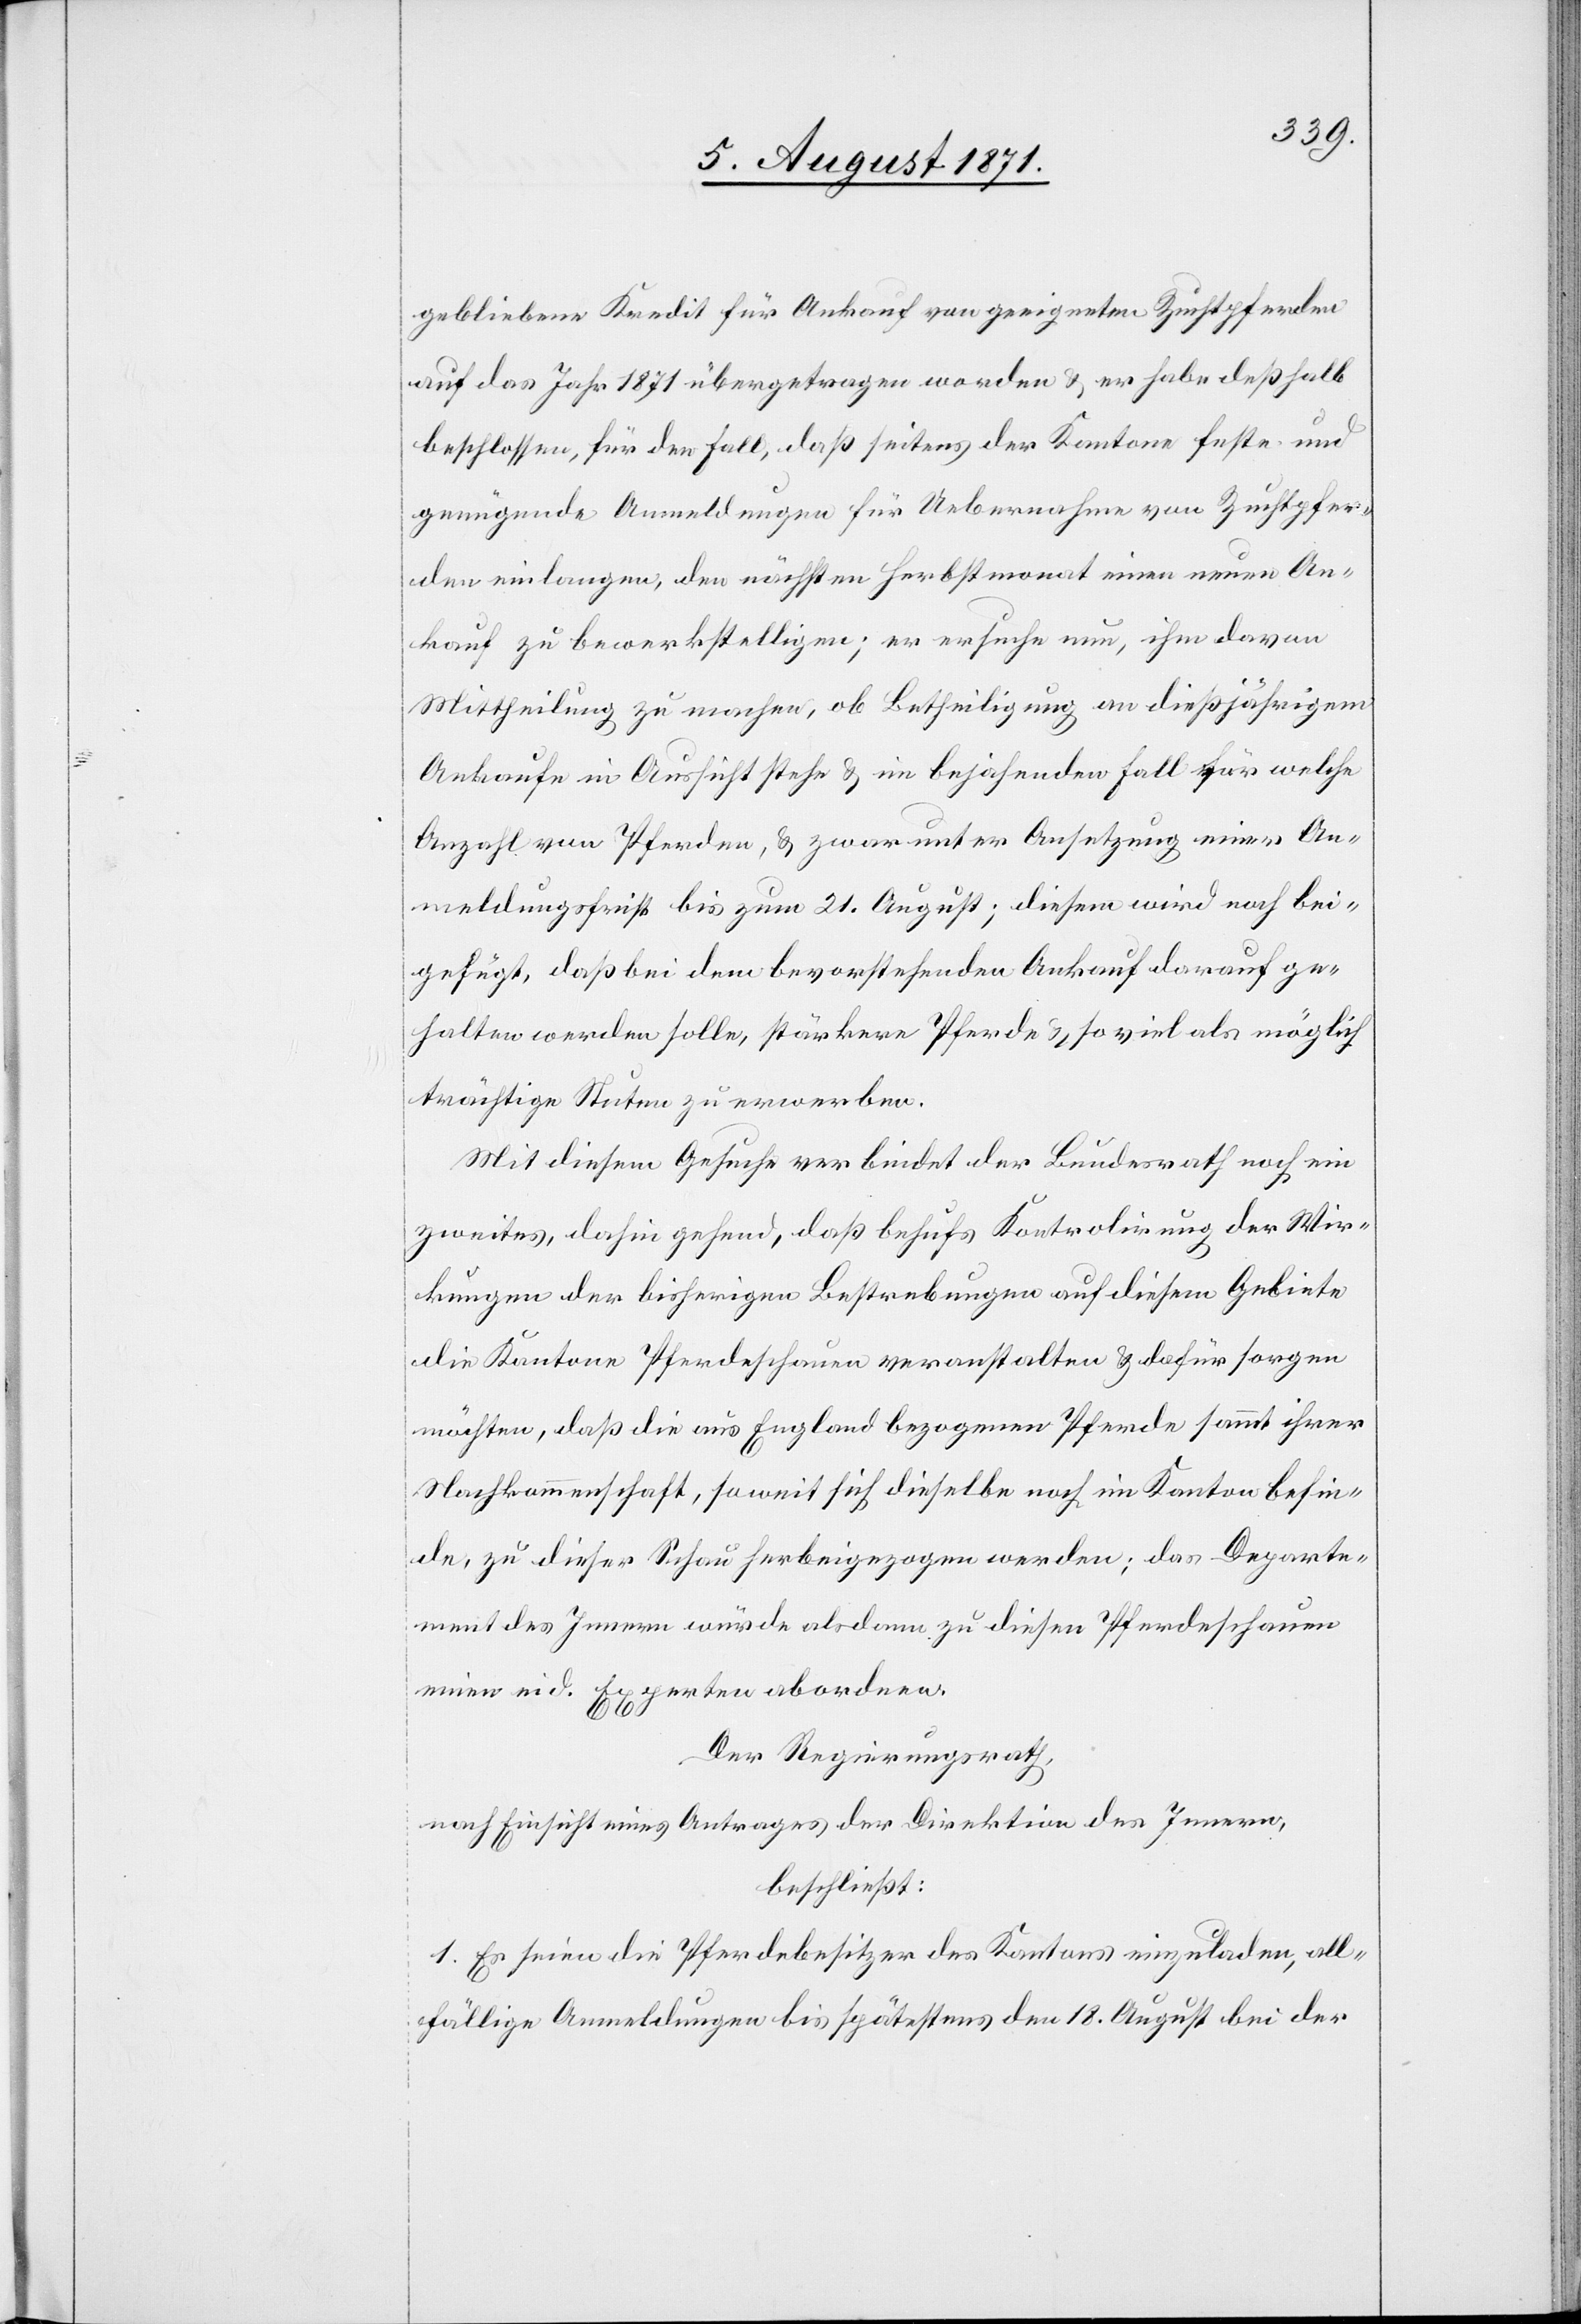
gebliebene Kredit für Ankauf von geeigneten Zuchtpferden
auf das Jahr 1871 übergetragen worden u. er habe deßhalb
beschlossen, für den Fall, daß seitens der Kantone feste und
genügende Anmeldungen für Uebernahme von Zuchtpfer¬
den einlangen, den nächsten Herbstmonat einen neuen An¬
kauf zu bewerkstelligen; er ersuche nun, ihm davon
Mittheilung zu machen, ob Betheiligung an dießjährigem
Ankauf in Aussicht stehe u. im bejahenden Fall für welche
Anzahl von Pferden, u. zwar unter Ansetzung einer An¬
meldungsfrist bis zum 21. August; diesem wird noch bei¬
gefügt, daß bei dem bevorstehenden Ankauf darauf ge¬
halten werden solle, stärkere Pferde u. so viel als möglich
trächtige Stuten zu erwerben.
Mit diesem Gesuch verbindet der Bundesrath noch ein
zweites, dahin gehend, daß behufs Kontrolirung der Wir¬
kungen der bisherigen Bestrebungen auf diesem Gebiete
die Kantone Pferdeschauen veranstalten u. dafür sorgen
möchten, daß die aus England bezogenen Pferde sammt ihrer
Nachkommenschaft, so weit sich dieselbe noch im Kanton befin¬
de, zu dieser Schau herbeigezogen werden; das Departe¬
ment des Innern würde alsdann zu diesem Pferdeschauen
einen eid. Experten abordnen.
Der Regierungsrath,
nach Einsicht eines Antrages der Direktion des Innern,
beschließt:
1. Es seine die Pferdebesitzer des Kantons eingeladen, all¬
fällige Anmeldungen bis spätestens den 18. August bei der